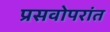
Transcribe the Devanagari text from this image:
प्रसवोपरांत